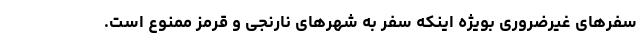
سفرهای غیرضروری بویژه اینکه سفر به شهرهای نارنجی و قرمز ممنوع است.